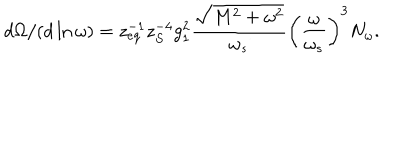
LaTeX: d \Omega / ( d \ln \omega ) = z _ { e q } ^ { - 1 } z _ { S } ^ { - 4 } g _ { 1 } ^ { 2 } \frac { \sqrt { M ^ { 2 } + \omega ^ { 2 } } } { \omega _ { s } } \left( \frac { \omega } { \omega _ { s } } \right) ^ { 3 } N _ { \omega } .